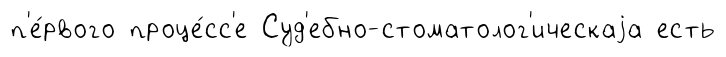
п'е́рвого проце́сс'е Суд'ебно-стоматолог'ическаjа есть